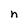
Character: n